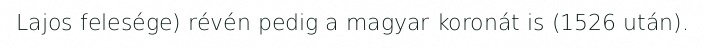
Lajos felesége) révén pedig a magyar koronát is (1526 után).